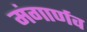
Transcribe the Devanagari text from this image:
मंगार्णव